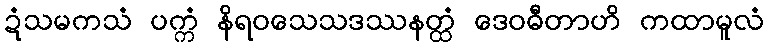
ဍံသမကသံ ပက္ကံ နိရဝသေသဒဿနတ္ထံ ဒေဝဓီတာဟိ ကထာမူလံ